Civil Veterinary Department Bihar & Orissa reports 1929-36 - 1929-1936
Year: 1929
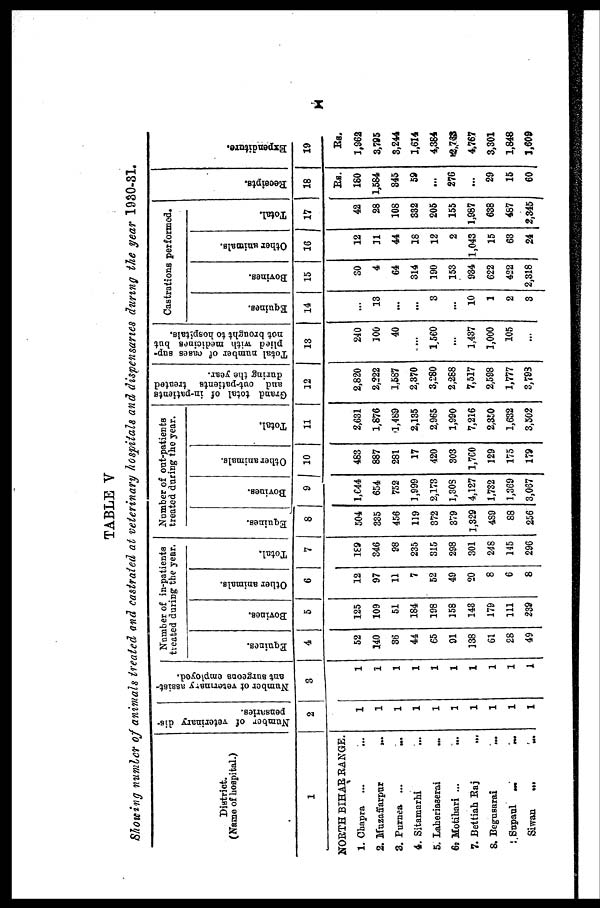
X
TABLE V
Showing number of animals treated and castrated at veterinary hospitals and dispensaries during the year 1930-31.
District.
(Name of hospital.)
1
NORTH BIHAR RANGE.
1. Chapra ... ...
2. Muzaffarpur ...
3. Purnea ... ...
4. Sitamarhi ...
5. Laheriaserai ...
6. Motihari ... ...
7. Bettiah Raj ...
8. Begusarai ...
9.Supaul ... ...
Siwan ... ...
Number of veterinary dis-
pensaries.
2
Number of veterinary assist-
ant surgeons employed.
3
Number of in-patients
heated during the year.
Equines.
4
52
140
36
44
65
91
138
61
28
49
Bovines.
5
125
109
51
184
198
158
143
179
111
239
Other animals.
6
12
97
11
7
52
49
20
8
6
8
Total.
7
1£9
346
98
235
315
298
301
248
145
296
Number of out-patients
treated during the year.
Equines.
8
504
335
456
119
372
379
1,329
4S9
88
256
Bovines.
9
1,644
654
752
1,999
2,173
1,30S
4,127
1,732
1,369
3,067
Other animals.
10
483
887
281
17
420
303
1,760
129
175
179
Total.
11
2,631
1,876
1,489
2,135
2,965
1,990
7,216
2,350
1,632
3,502
Grand total of in-patients
and out-patients treated
during the year.
12
2,820
2,222
1,587
2,370
3,280
2,288
7,517
2,598
1,777
3,703
Total number of cases sup-
plied with medicines but
not brought to hospitals.
13
240
100
40
...
1560
...
1,437
1,000
105
...
Castrations performed.
Equines.
14
...
13
...
...
3
...
10
1
2
3
Bovines.
15
30
4
64
314
190
153
934
622
422
2,318
Other animals.
16
12
11
44
18
12
2
1,043
15
63
24
Total.
17
42
28
108
332
205
155
1,987
638
487
2,345
Receipts.
18
Rs.
180
1,584
345
59
...
276
...
29
15
60
Expenditure.
19
Rs.
1,962
3,795
3,244
1,614
4,384
2,733
4,767
3,301
1,848
1,609